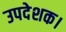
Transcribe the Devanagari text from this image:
उपदेशक।